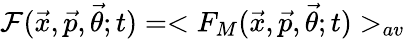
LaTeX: \mathcal{F}({\vec{{x}}},{\vec{{p}}},{\vec{{\theta}}};t)=<F_{M}({\vec{{x}}},{\vec{{p}}},{\vec{{\theta}}};t)>_{av}